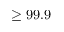
\geq 9 9 . 9